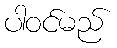
ပါဝင်မည်